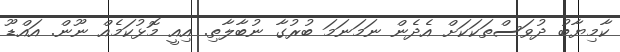
ކާމިޔާބު ދުވަސްތަކަކަށް އެދެން ނަމަނަމަ ބުރުގާ ނުބާލާތި. އިއީ މޮޅުކަމެއް ނޫން. އައްޑޫ